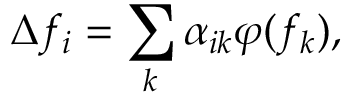
\Delta f _ { i } = \sum _ { k } \alpha _ { i k } \varphi ( f _ { k } ) ,